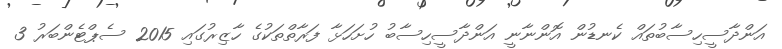
އަންދާސީހިސާބުތައް ކެނޑުން އޮންނާނީ އަންދާސީހިސާބު ހުށަހަޅާ ފަރާތްތަކުގެ ހާޒިރުގައި 2015 ސެޕްޓެންބަރު 3